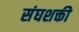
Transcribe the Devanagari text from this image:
संघशक्ती